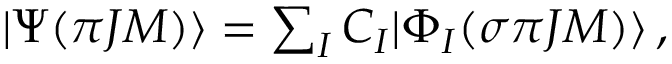
\begin{array} { r } { | \Psi ( { \pi } J M ) \rangle = \sum _ { I } { C _ { I } | \Phi _ { I } ( \sigma { \pi } J M ) \rangle } \, , } \end{array}